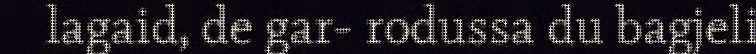
lagaid, de gar- rodussa du bagjeli